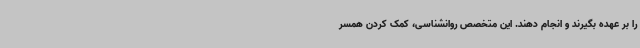
را بر عهده بگیرند و انجام دهند. این متخصص روانشناسی، کمک کردن همسر